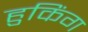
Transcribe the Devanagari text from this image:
हुकिंग